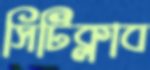
সিটিক্লাব